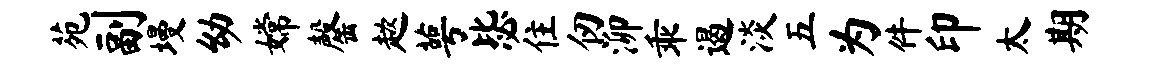
苑副墁幼嫦罄趑萼毖住仞泖乖遏淡五为件印太期